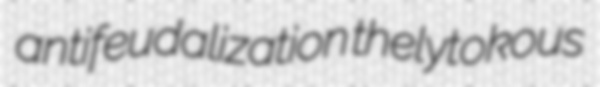
antifeudalization thelytokous